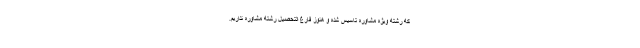
که رشته ویژه مشاوره تاسیس شده و هنوز فارغ التحصیل رشته مشاوره نداریم.